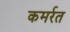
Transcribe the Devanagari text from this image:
कमर्रत